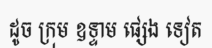
ដូច ក្រុម ឧទ្ទាម ផ្សេង ទៀត